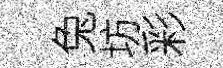
兔坊彩